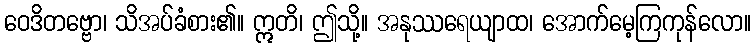
ဝေဒိတဗ္ဗော၊ သိအပ်ခံစား၏။ ဣတိ၊ ဤသို့။ အနုဿရေယျာထ၊ အောက်မေ့ကြကုန်လော။